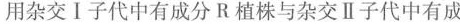
用杂交Ⅰ子代中有成分R植株与杂交Ⅱ子代中有成